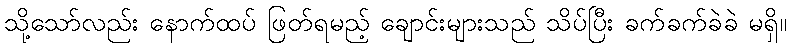
သို့သော်လည်း နောက်ထပ် ဖြတ်ရမည့် ချောင်းများသည် သိပ်ပြီး ခက်ခက်ခဲခဲ မရှိ။